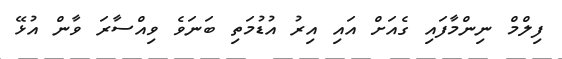
ފިލްމް ނިންމާފައި ގެއަށް އައި އިރު އުޑުމަތި ބަނަވެ ވިއްސާރަ ވާން އުޅޭ